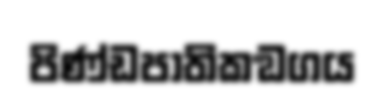
පිණ්ඩපාතිකඞගය